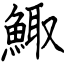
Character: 鯫